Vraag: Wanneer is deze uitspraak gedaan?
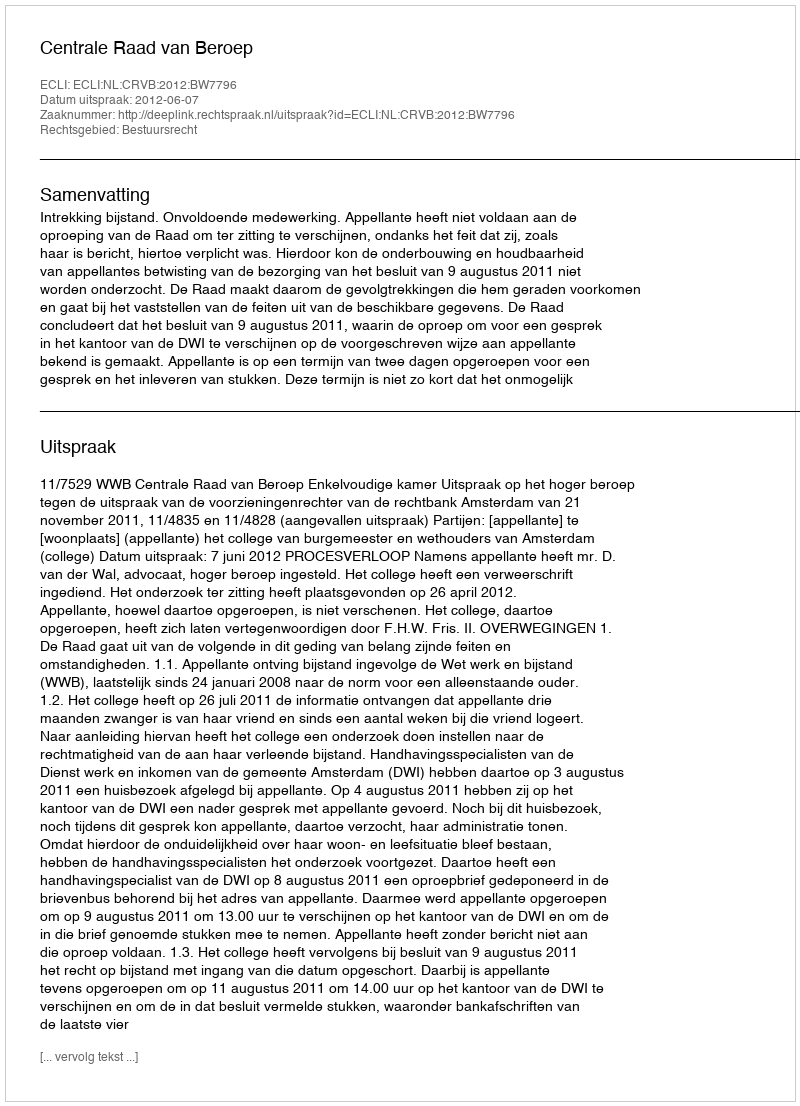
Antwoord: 2012-06-07